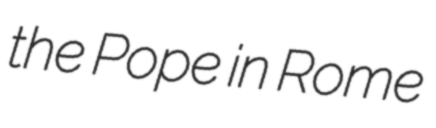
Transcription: the Pope in Rome